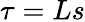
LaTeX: \tau=Ls